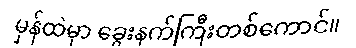
မှန်ထဲမှာ ခွေးနက်ကြီးတစ်ကောင်။